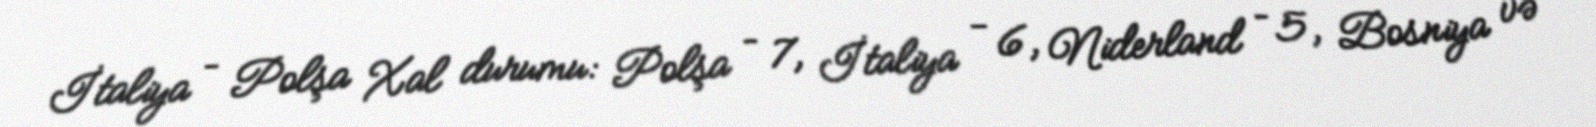
İtaliya – Polşa Xal durumu: Polşa – 7, İtaliya - 6, Niderland – 5, Bosniya və